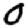
Digit: 0